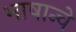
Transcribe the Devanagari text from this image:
भाषान्चे